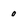
Character: o